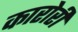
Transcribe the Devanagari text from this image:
कारोरी